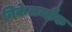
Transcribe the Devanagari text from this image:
निकेलब्लैक